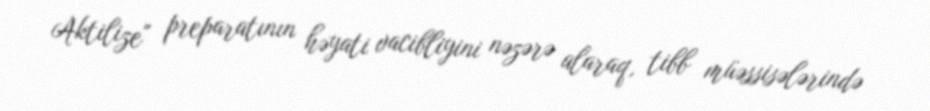
Aktilize" preparatının həyati vacibliyini nəzərə alaraq, tibb müəssisələrində